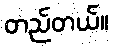
တည်တယ်။